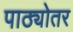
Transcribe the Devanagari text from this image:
पाठ्योतर